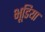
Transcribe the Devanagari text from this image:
भूडि़या